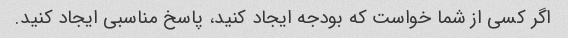
اگر کسی از شما خواست که بودجه ایجاد کنید، پاسخ مناسبی ایجاد کنید.